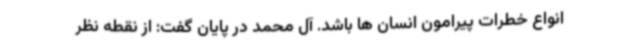
انواع خطرات پیرامون انسان ها باشد. آل محمد در پایان گفت: از نقطه نظر